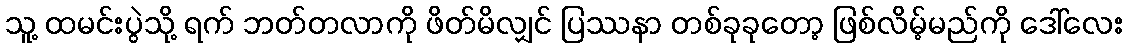
သူ့ ထမင်းပွဲသို့ ရက် ဘတ်တလာကို ဖိတ်မိလျှင် ပြဿနာ တစ်ခုခုတော့ ဖြစ်လိမ့်မည်ကို ဒေါ်လေး